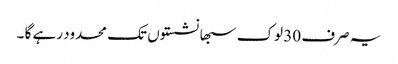
یہ صرف 30 لوک سبھا نشستوں تک محدود رہے گا ۔